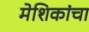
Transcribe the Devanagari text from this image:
मेशिकांचा